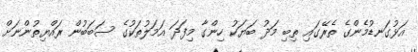
އަޅުގަނޑުމެންގެ ތެރޭގައި ތިބި މަދު ބަޔަކު ހިންގާ މިފަދަ އަމަލުތަކުގެ ސަބަބުން ރައްޔިތުންނަށް